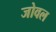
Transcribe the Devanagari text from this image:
जोवल